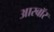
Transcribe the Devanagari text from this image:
आरबॉर